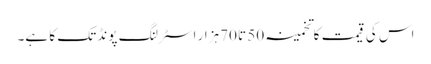
اس کی قیمت کا تخمینہ 50 تا 70ہزار اسٹرلنگ پونڈ تک کا ہے۔